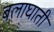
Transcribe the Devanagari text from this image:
बलाघाती